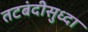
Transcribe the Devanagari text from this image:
तटबंदीसुध्दा